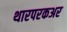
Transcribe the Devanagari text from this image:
थारपरकअर